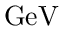
\mathrm { G e V }